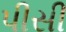
પીસી